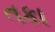
તકા